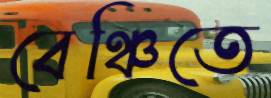
বেঞ্চিতে